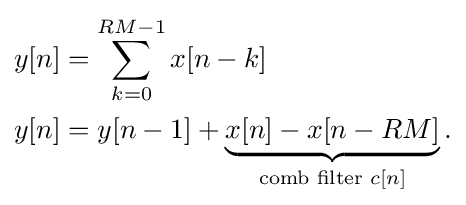
{\begin{aligned}y[n]&=\sum _{k=0}^{RM-1}x[n-k]\\y[n]&=y[n-1]+\underbrace {x[n]-x[n-RM]} _{{\text{comb filter }}c[n]}.\end{aligned}}